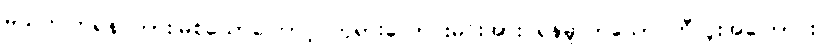
မသတ်ကြရန် တားမြစ်သောကြောင့် ဘုရားလောင်းမင်းအား ရန်မူလာသော ဘီလူးအကြောင်း။